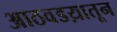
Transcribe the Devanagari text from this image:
आठवडय़ातून